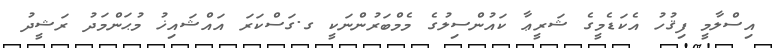
އިސްލާމީ ފިޤުހު އެކަޑެމީގެ ޝަރީޢާ ކައުންސިލުގެ މެމްބަރުންނަކީ ގ.ގަސްކަރަ އައްޝައިޚު މުޙަންމަދު ރަޝީދު